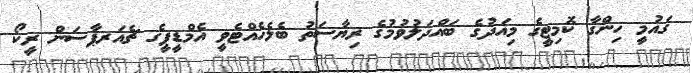
ގައުމީ ހިންގާ ކޮމިޓީގެ މިއަދުގެ ބައްދަލުވުމުގެ ރިޔާސަތު ބެލެހެއްޓެވީ އެމްޑީޕީގެ ޗެއަރޕާސަން ރީކޯ